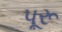
પૂરૂ